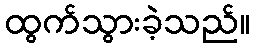
ထွက်သွားခဲ့သည်။